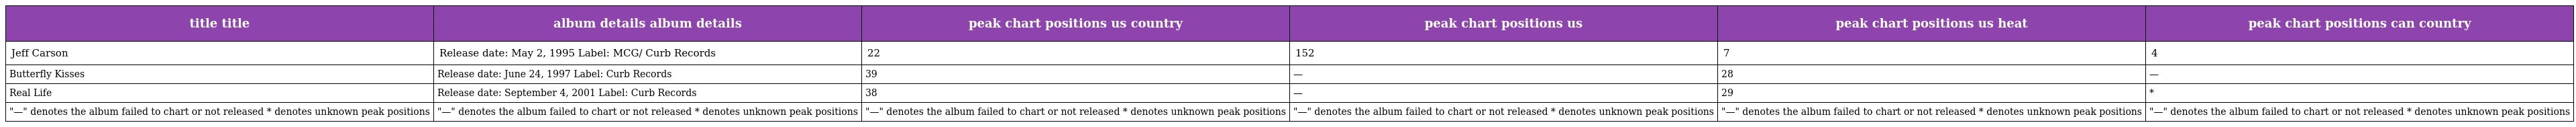
| title title | album details album details | peak chart positions us country | peak chart positions us | peak chart positions us heat | peak chart positions can country |
 | --- | --- | --- | --- | --- | --- |
 | Jeff Carson | Release date: May 2, 1995 Label: MCG/ Curb Records | 22 | 152 | 7 | 4 |
 | Butterfly Kisses | Release date: June 24, 1997 Label: Curb Records | 39 | — | 28 | — |
 | Real Life | Release date: September 4, 2001 Label: Curb Records | 38 | — | 29 | * |
 | "—" denotes the album failed to chart or not released * denotes unknown peak positions | "—" denotes the album failed to chart or not released * denotes unknown peak positions | "—" denotes the album failed to chart or not released * denotes unknown peak positions | "—" denotes the album failed to chart or not released * denotes unknown peak positions | "—" denotes the album failed to chart or not released * denotes unknown peak positions | "—" denotes the album failed to chart or not released * denotes unknown peak positions |